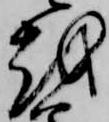
越